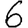
Digit: 6